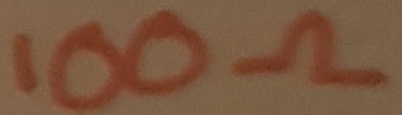
Text: 100Ω